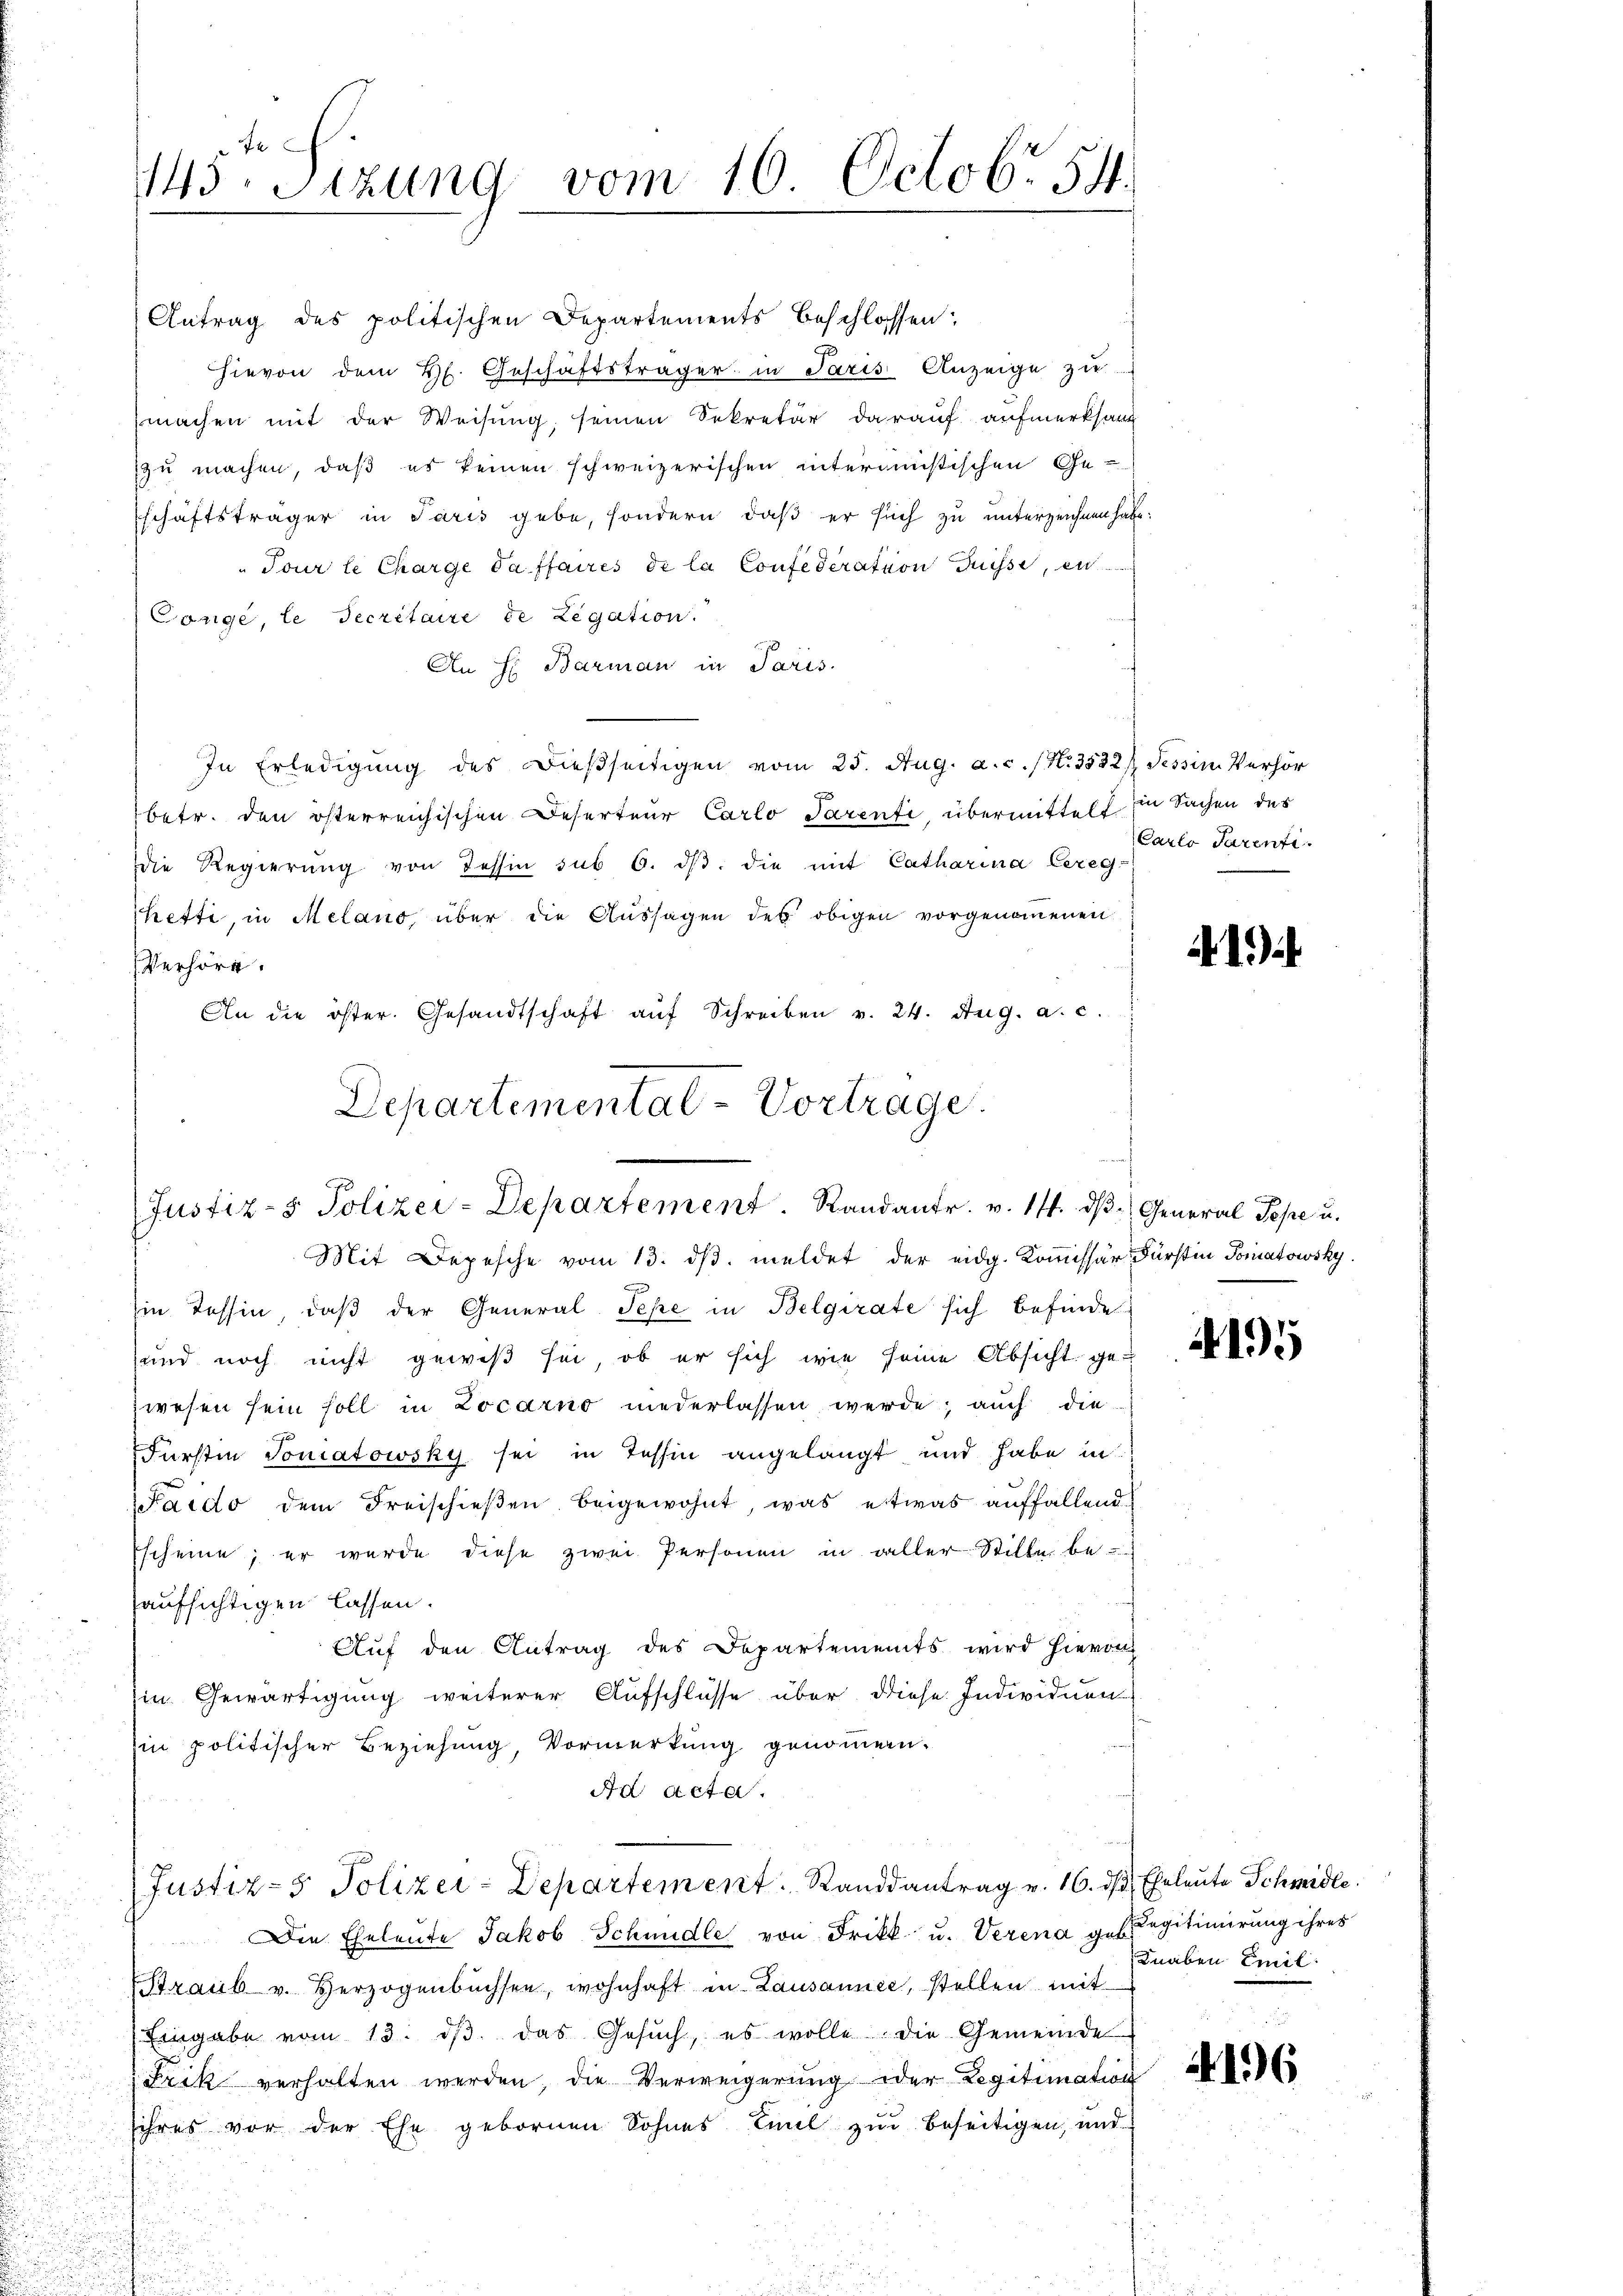
145. Sitzung vom 10. Octobr. 54.

Antrag des politischen Departements beschlossen:
hievon dem Hs. Geschäftsträger in Paris Anzeige zu
machen mit der Weisung, seinen Sekretär darauf aufmerksam
zu machen, daß es keinen schweizerischen interimistischen Ge-
schäftsträger in Paris gebe, sondern, daß er such zu unterzeichnen habe:
"Tour le Charge daffaires de la Confederation Düsse, e
Conge, le Secretaire de Legation.
An H: Barman in Paris.
In Erledigung des dießseitigen vom 25. Aug. a. c. (N. 3522 Tessin Verhör
betr. den österreichischen Deserteur Carlo Parenfi übermittelt in Sachen des
die Regierŭng von Tessin sub 6. dβ die mit Catharina bereg-
hetti, in Melano, über die Aussagen des obigen vorgenommenen
Verhöre.
An die öster. Gesandtschaft aŭf Schreiben v. 24. Aug. a. c.
Departemental-Vortrage.

Justiz- & Polizei-Departement. Randantr. v. 17. ds General Pepe u.

Carlo Parenti.

Mit Depesche vom 13. dβ. meldet der eidg. Kommissär Fürstin Tomatowsky.
Ein Tessin, daß der General Pepe in Belgirate sich befinde
und noch nicht gewiß sei, ob er sich wie seine Absicht ge-
wesen sein soll in Locarno niederlassen werde; auch die
Fürstin Tomatowsky sei in Tessin angelangt und habe in
Paido dem Freischieβen beigewohnt, was etwas auffallend
Escheine; er wurde diese zwei Personen in aller Stille be-
aufsichtigen lassen.
Auf den Antrag des Departements wird hievon
in Gewärtigung weiterer Aufschlüsse über diese Individuen
zin politischer Beziehung, Vormerkung genommen.
Ad Acta
Justiz- & Polizei-Departement Standsantrag v. 16. ds Eheleute Schmidle
Die Eheleute Jakob Schmidle von Frikk u. Verena gelegitimierung ihres
Straub u. Herzogenbüchsen, wohnhaft in Lausannée, stellen mit
Eingabe vom 13. dβ das Gesŭch, es wolle die Gemeinde
Frik verhalten werden, die Verweigerung oder Legitimation
sihres vor der Ehe gebornen Sohnes Emil zur Beseitigen, und

41)

4195

Knaben Emil

446